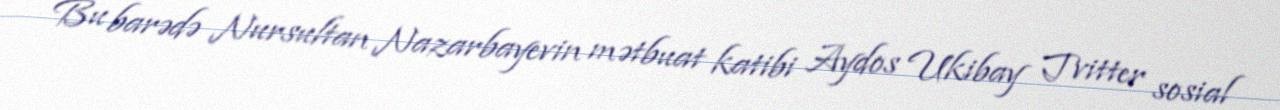
Bu barədə Nursultan Nazarbayevin mətbuat katibi Aydos Ukibay Tvitter sosial